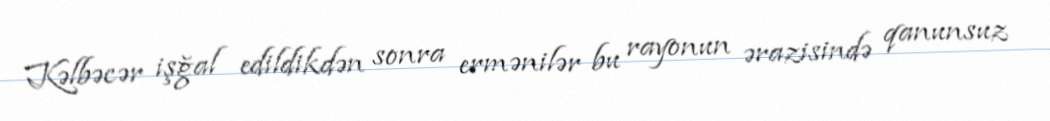
Kəlbəcər işğal edildikdən sonra ermənilər bu rayonun ərazisində qanunsuz